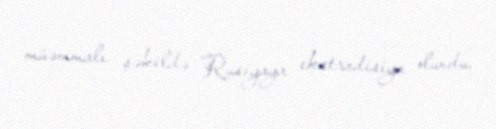
müəmmalı şəkildə Rusiyaya ekstradisiya olundu.